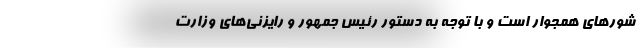
شورهای همجوار است و با توجه به دستور رئیس جمهور و رایزنی‌های وزارت